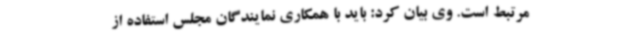
مرتبط است. وی بیان کرد: باید با همکاری نمایندگان مجلس استفاده از